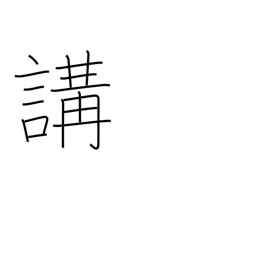
Meaning: club